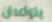
يتواعدان